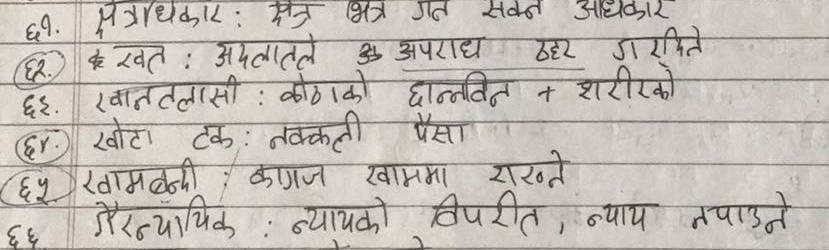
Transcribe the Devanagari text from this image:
क्षेत्राधिकार : क्षेत्र भित्र गत सक्न आधकार
खत : अदलातले ऊ अपराध ठहर गरमिते
खानतलासी : कोठाको छान्नविन + शरीरको
खोटा टक : नक्कली पैसा
खामबन्दी कागज खाममा राख्ने
गैरन्यायिक : न्यायको विपरीत, न्याय नपाउने